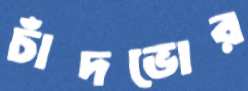
চাঁদভোর